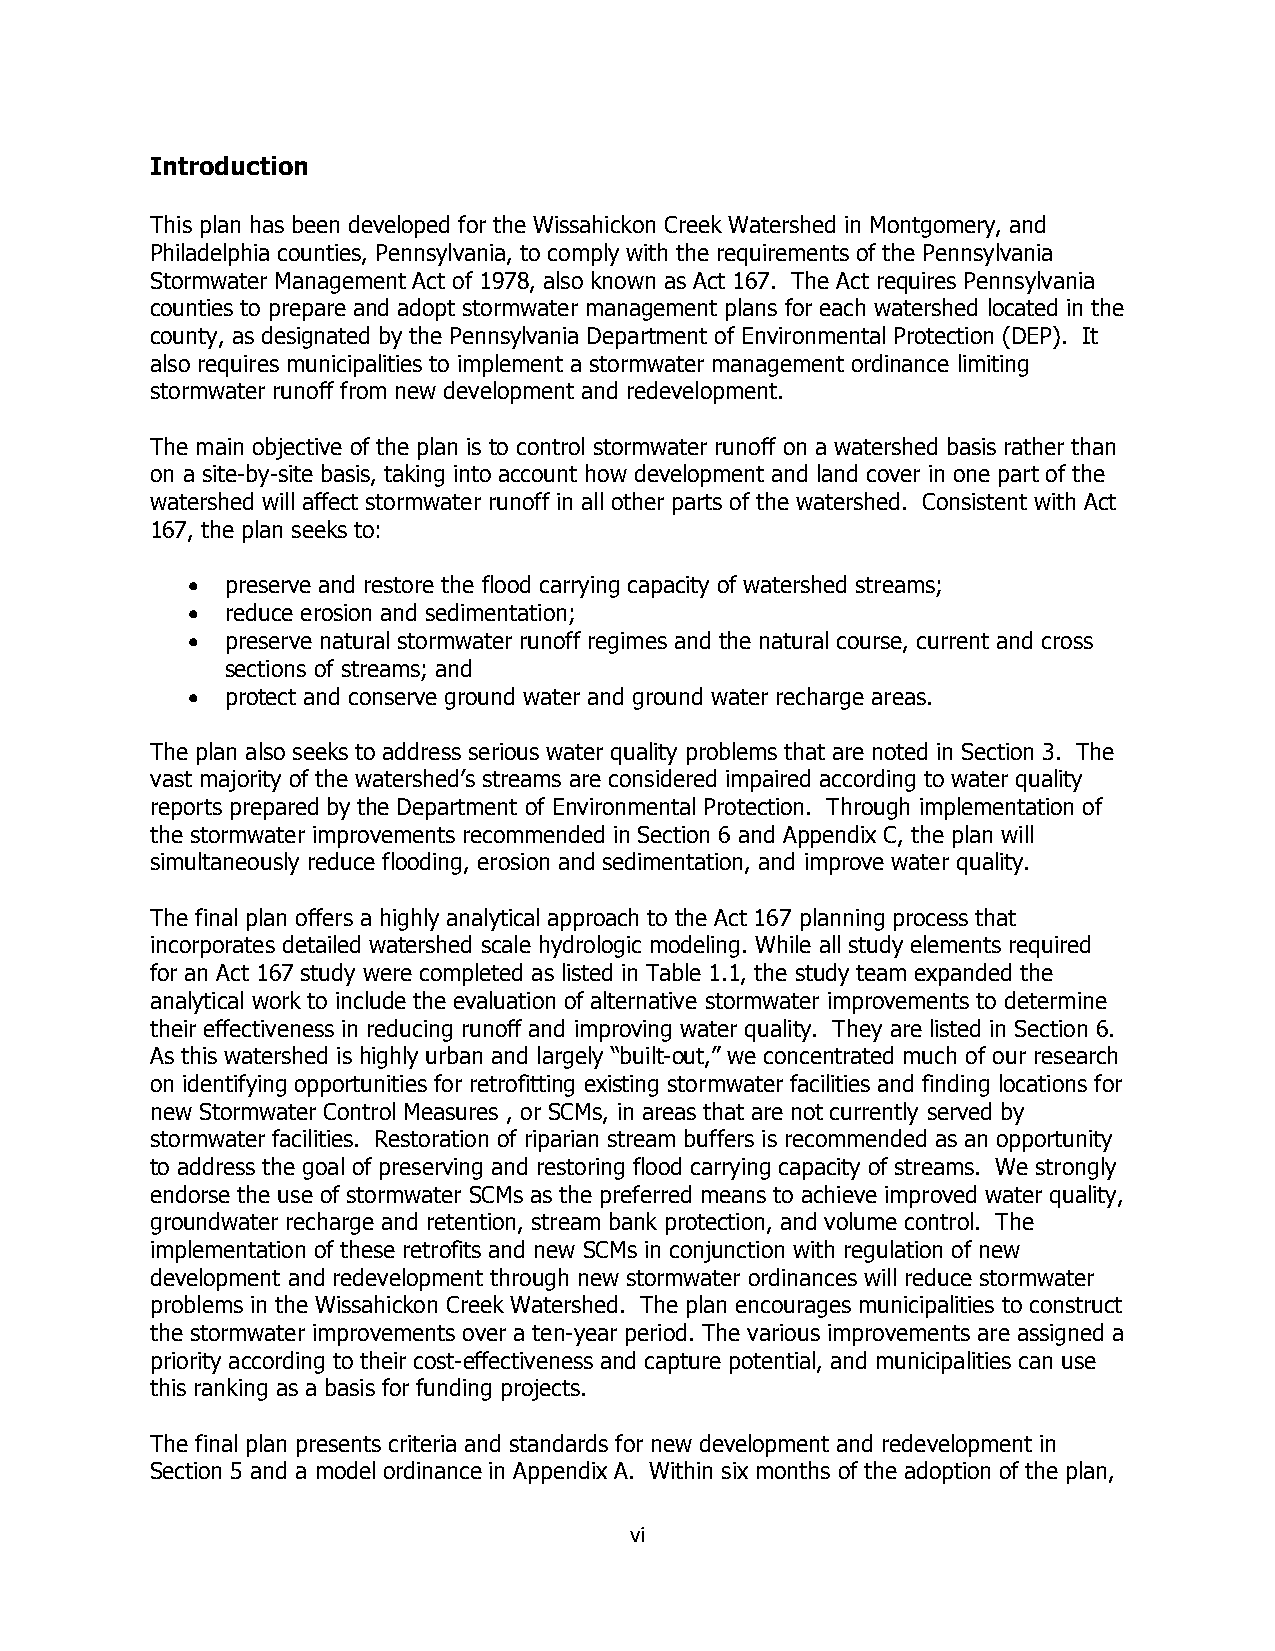
Introduction
 This plan has been developed for the Wissahickon Creek Watershed in Montgomery, and
 Philadelphia counties, Pennsylvania, to comply with the requirements of the Pennsylvania
 Stormwater Management Act of 1978, also known as Act 167. The Act requires Pennsylvania
 counties to prepare and adopt stormwater management plans for each watershed located in the
 county, as designated by the Pennsylvania Department of Environmental Protection (DEP). It
 also requires municipalities to implement a stormwater management ordinance limiting
 stormwater runoff from new development and redevelopment.
 The main objective of the plan is to control stormwater runoff on a watershed basis rather than
 on a site-by-site basis, taking into account how development and land cover in one part of the
 watershed will affect stormwater runoff in all other parts of the watershed. Consistent with Act
 167, the plan seeks to:
   preserve and restore the flood carrying capacity of watershed streams;
   reduce erosion and sedimentation;
   preserve natural stormwater runoff regimes and the natural course, current and cross
 sections of streams; and
   protect and conserve ground water and ground water recharge areas.
 The plan also seeks to address serious water quality problems that are noted in Section 3. The
 vast majority of the watershed’s streams are considered impaired according to water quality
 reports prepared by the Department of Environmental Protection. Through implementation of
 the stormwater improvements recommended in Section 6 and Appendix C, the plan will
 simultaneously reduce flooding, erosion and sedimentation, and improve water quality.
 The final plan offers a highly analytical approach to the Act 167 planning process that
 incorporates detailed watershed scale hydrologic modeling. While all study elements required
 for an Act 167 study were completed as listed in Table 1.1, the study team expanded the
 analytical work to include the evaluation of alternative stormwater improvements to determine
 their effectiveness in reducing runoff and improving water quality. They are listed in Section 6.
 As this watershed is highly urban and largely “built-out,” we concentrated much of our research
 on identifying opportunities for retrofitting existing stormwater facilities and finding locations for
 new Stormwater Control Measures , or SCMs, in areas that are not currently served by
 stormwater facilities. Restoration of riparian stream buffers is recommended as an opportunity
 to address the goal of preserving and restoring flood carrying capacity of streams. We strongly
 endorse the use of stormwater SCMs as the preferred means to achieve improved water quality,
 groundwater recharge and retention, stream bank protection, and volume control. The
 implementation of these retrofits and new SCMs in conjunction with regulation of new
 development and redevelopment through new stormwater ordinances will reduce stormwater
 problems in the Wissahickon Creek Watershed. The plan encourages municipalities to construct
 the stormwater improvements over a ten-year period. The various improvements are assigned a
 priority according to their cost-effectiveness and capture potential, and municipalities can use
 this ranking as a basis for funding projects.
 The final plan presents criteria and standards for new development and redevelopment in
 Section 5 and a model ordinance in Appendix A. Within six months of the adoption of the plan,
 vi